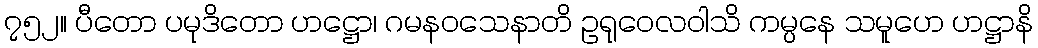
၇၅၂။ ပီတော ပမုဒိတော ဟဋ္ဌော၊ ဂမနဝသေနာတိ ဥရုဝေလဝါသိ ကမ္ပနေ သမူဟေ ဟဋ္ဌာနိ